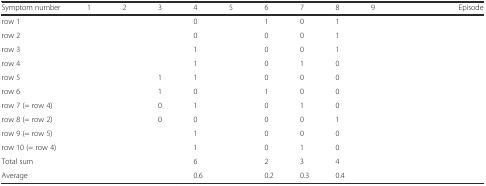
<table><thead><tr><td><b>Symptom number</b></td><td><b>1</b></td><td><b>2</b></td><td><b>3</b></td><td><b>4</b></td><td><b>5</b></td><td><b>6</b></td><td><b>7</b></td><td><b>8</b></td><td><b>9</b></td><td>[EMPTY_CELL]</td><td><b>Episode</b></td></tr></thead><tbody><tr><td>row 1</td><td>[EMPTY_CELL]</td><td>[EMPTY_CELL]</td><td>[EMPTY_CELL]</td><td>0</td><td>[EMPTY_CELL]</td><td>1</td><td>0</td><td>1</td><td>[EMPTY_CELL]</td><td>[EMPTY_CELL]</td><td>[EMPTY_CELL]</td></tr><tr><td>row 2</td><td>[EMPTY_CELL]</td><td>[EMPTY_CELL]</td><td>[EMPTY_CELL]</td><td>0</td><td>[EMPTY_CELL]</td><td>0</td><td>0</td><td>1</td><td>[EMPTY_CELL]</td><td>[EMPTY_CELL]</td><td>[EMPTY_CELL]</td></tr><tr><td>row 3</td><td>[EMPTY_CELL]</td><td>[EMPTY_CELL]</td><td>[EMPTY_CELL]</td><td>1</td><td>[EMPTY_CELL]</td><td>0</td><td>0</td><td>1</td><td>[EMPTY_CELL]</td><td>[EMPTY_CELL]</td><td>[EMPTY_CELL]</td></tr><tr><td>row 4</td><td>[EMPTY_CELL]</td><td>[EMPTY_CELL]</td><td>[EMPTY_CELL]</td><td>1</td><td>[EMPTY_CELL]</td><td>0</td><td>1</td><td>0</td><td>[EMPTY_CELL]</td><td>[EMPTY_CELL]</td><td>[EMPTY_CELL]</td></tr><tr><td>row 5</td><td>[EMPTY_CELL]</td><td>[EMPTY_CELL]</td><td>1</td><td>1</td><td>[EMPTY_CELL]</td><td>0</td><td>0</td><td>0</td><td>[EMPTY_CELL]</td><td>[EMPTY_CELL]</td><td>[EMPTY_CELL]</td></tr><tr><td>row 6</td><td>[EMPTY_CELL]</td><td>[EMPTY_CELL]</td><td>1</td><td>0</td><td>[EMPTY_CELL]</td><td>1</td><td>0</td><td>0</td><td>[EMPTY_CELL]</td><td>[EMPTY_CELL]</td><td>[EMPTY_CELL]</td></tr><tr><td>row 7 (= row 4)</td><td>[EMPTY_CELL]</td><td>[EMPTY_CELL]</td><td>0</td><td>1</td><td>[EMPTY_CELL]</td><td>0</td><td>1</td><td>0</td><td>[EMPTY_CELL]</td><td>[EMPTY_CELL]</td><td>[EMPTY_CELL]</td></tr><tr><td>row 8 (= row 2)</td><td>[EMPTY_CELL]</td><td>[EMPTY_CELL]</td><td>0</td><td>0</td><td>[EMPTY_CELL]</td><td>0</td><td>0</td><td>1</td><td>[EMPTY_CELL]</td><td>[EMPTY_CELL]</td><td>[EMPTY_CELL]</td></tr><tr><td>row 9 (= row 5)</td><td>[EMPTY_CELL]</td><td>[EMPTY_CELL]</td><td>[EMPTY_CELL]</td><td>1</td><td>[EMPTY_CELL]</td><td>0</td><td>0</td><td>0</td><td>[EMPTY_CELL]</td><td>[EMPTY_CELL]</td><td>[EMPTY_CELL]</td></tr><tr><td>row 10 (= row 4)</td><td>[EMPTY_CELL]</td><td>[EMPTY_CELL]</td><td>[EMPTY_CELL]</td><td>1</td><td>[EMPTY_CELL]</td><td>0</td><td>1</td><td>0</td><td>[EMPTY_CELL]</td><td>[EMPTY_CELL]</td><td>[EMPTY_CELL]</td></tr><tr><td>Total sum</td><td>[EMPTY_CELL]</td><td>[EMPTY_CELL]</td><td>[EMPTY_CELL]</td><td>6</td><td>[EMPTY_CELL]</td><td>2</td><td>3</td><td>4</td><td>[EMPTY_CELL]</td><td>[EMPTY_CELL]</td><td>[EMPTY_CELL]</td></tr><tr><td>Average</td><td>[EMPTY_CELL]</td><td>[EMPTY_CELL]</td><td>[EMPTY_CELL]</td><td>0.6</td><td>[EMPTY_CELL]</td><td>0.2</td><td>0.3</td><td>0.4</td><td>[EMPTY_CELL]</td><td>[EMPTY_CELL]</td><td>[EMPTY_CELL]</td></tr></tbody></table>